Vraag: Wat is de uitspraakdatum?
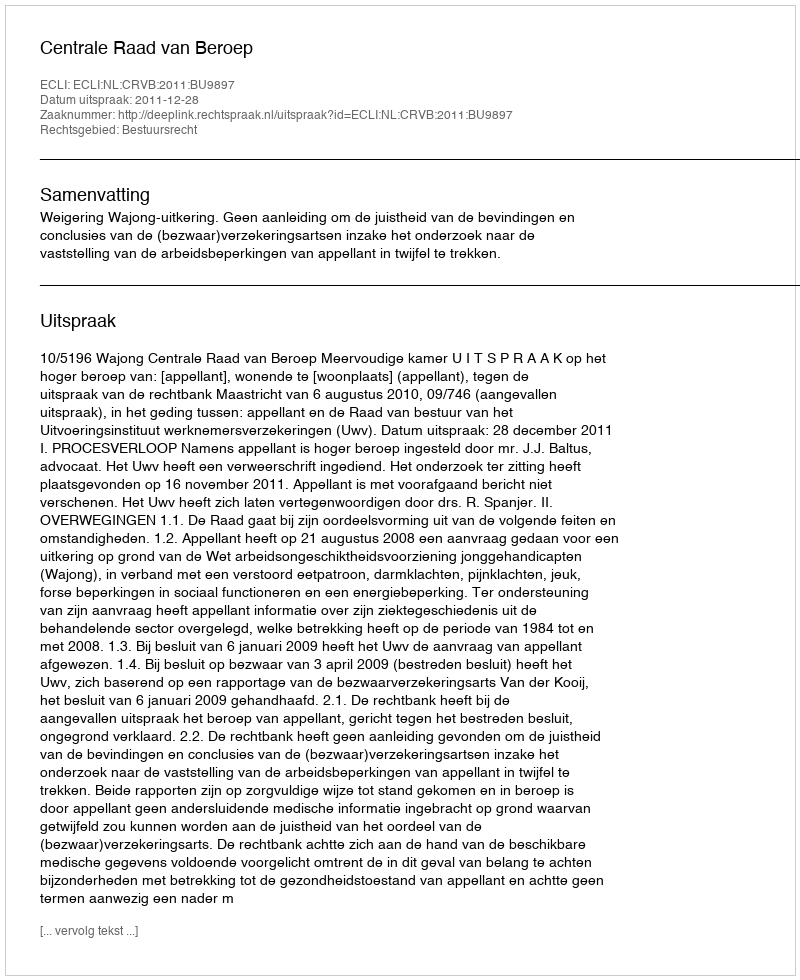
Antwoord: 2011-12-28